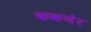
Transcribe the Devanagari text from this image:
ककणेर